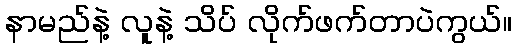
နာမည်နဲ့ လူနဲ့ သိပ် လိုက်ဖက်တာပဲကွယ်။